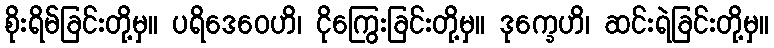
စိုးရိမ်ခြင်းတို့မှ။ ပရိဒေဝေဟိ၊ ငိုကြွေးခြင်းတို့မှ။ ဒုက္ခေဟိ၊ ဆင်းရဲခြင်းတို့မှ။